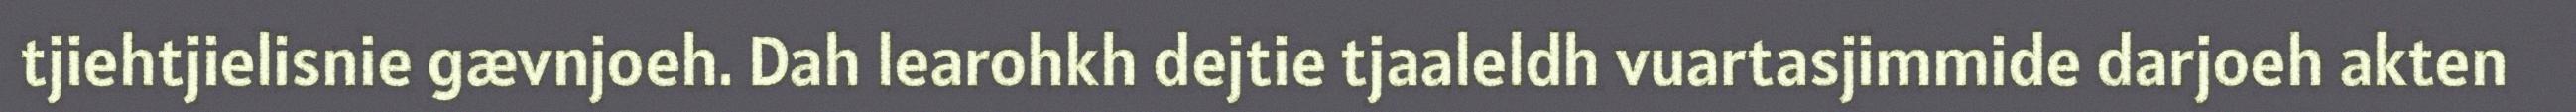
tjiehtjielisnie gævnjoeh. Dah learohkh dejtie tjaaleldh vuartasjimmide darjoeh akten